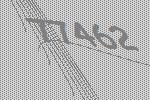
77462